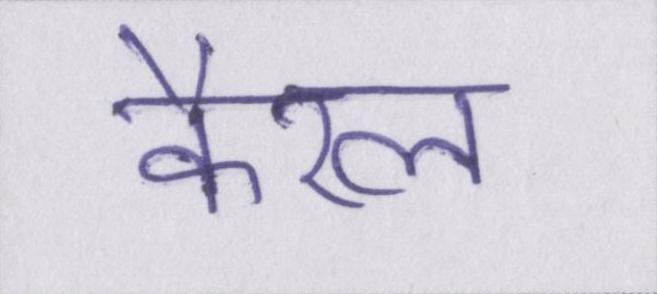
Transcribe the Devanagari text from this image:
कैरल